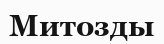
Митозды